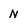
Character: N